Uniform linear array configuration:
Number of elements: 64
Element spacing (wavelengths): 0.25
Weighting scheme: binomial
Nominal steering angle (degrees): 45
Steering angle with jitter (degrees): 43.509
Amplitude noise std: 0.05
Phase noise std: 0.05

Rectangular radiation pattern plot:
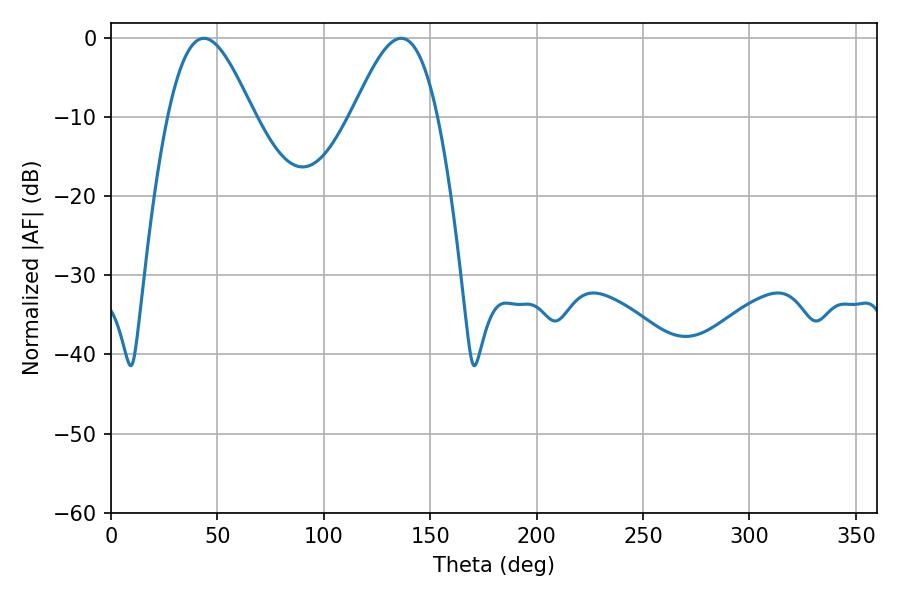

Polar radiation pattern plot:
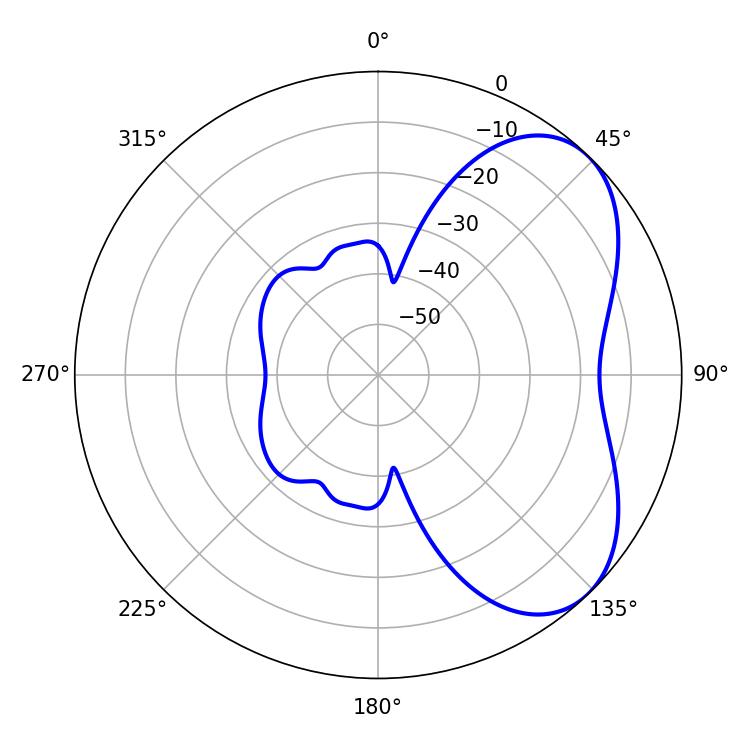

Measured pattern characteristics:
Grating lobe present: FALSE
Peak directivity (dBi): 5.239
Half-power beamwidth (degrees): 21.6
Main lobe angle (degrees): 43.56